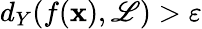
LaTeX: d_{Y}(f(\mathbf{x}),\mathscr{L})>\varepsilon